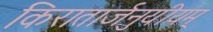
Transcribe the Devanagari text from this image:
किरातार्जनुयीयम्‌